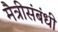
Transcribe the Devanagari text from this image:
मैत्रीसंबंधी